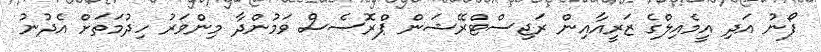
ފޯނު އަދި އީމެއިލްގެ ޒަރީއާއިން ރަޖިސްޓްރޭޝަން ޕްރޮސެސް ވަމުންދާ މިންވަރު ހިދުމަތަށް އެދުނު